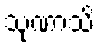
သုဏာသိ